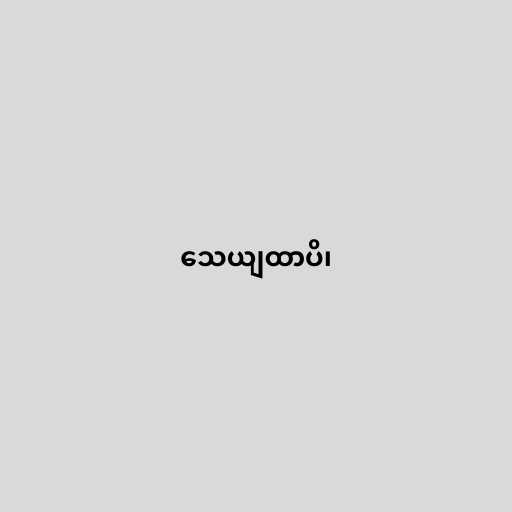
သေယျထာပိ၊